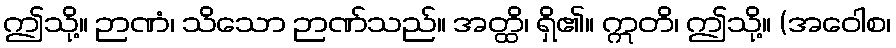
ဤသို့။ ဉာဏံ၊ သိသော ဉာဏ်သည်။ အတ္ထိ၊ ရှိ၏။ ဣတိ၊ ဤသို့။ (အဝေါစ၊